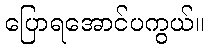
ပြောရအောင်ပကွယ်။